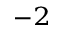
^ { - 2 }